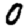
Digit: 0